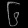
Digit: ၆